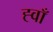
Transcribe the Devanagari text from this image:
ह्वाँ